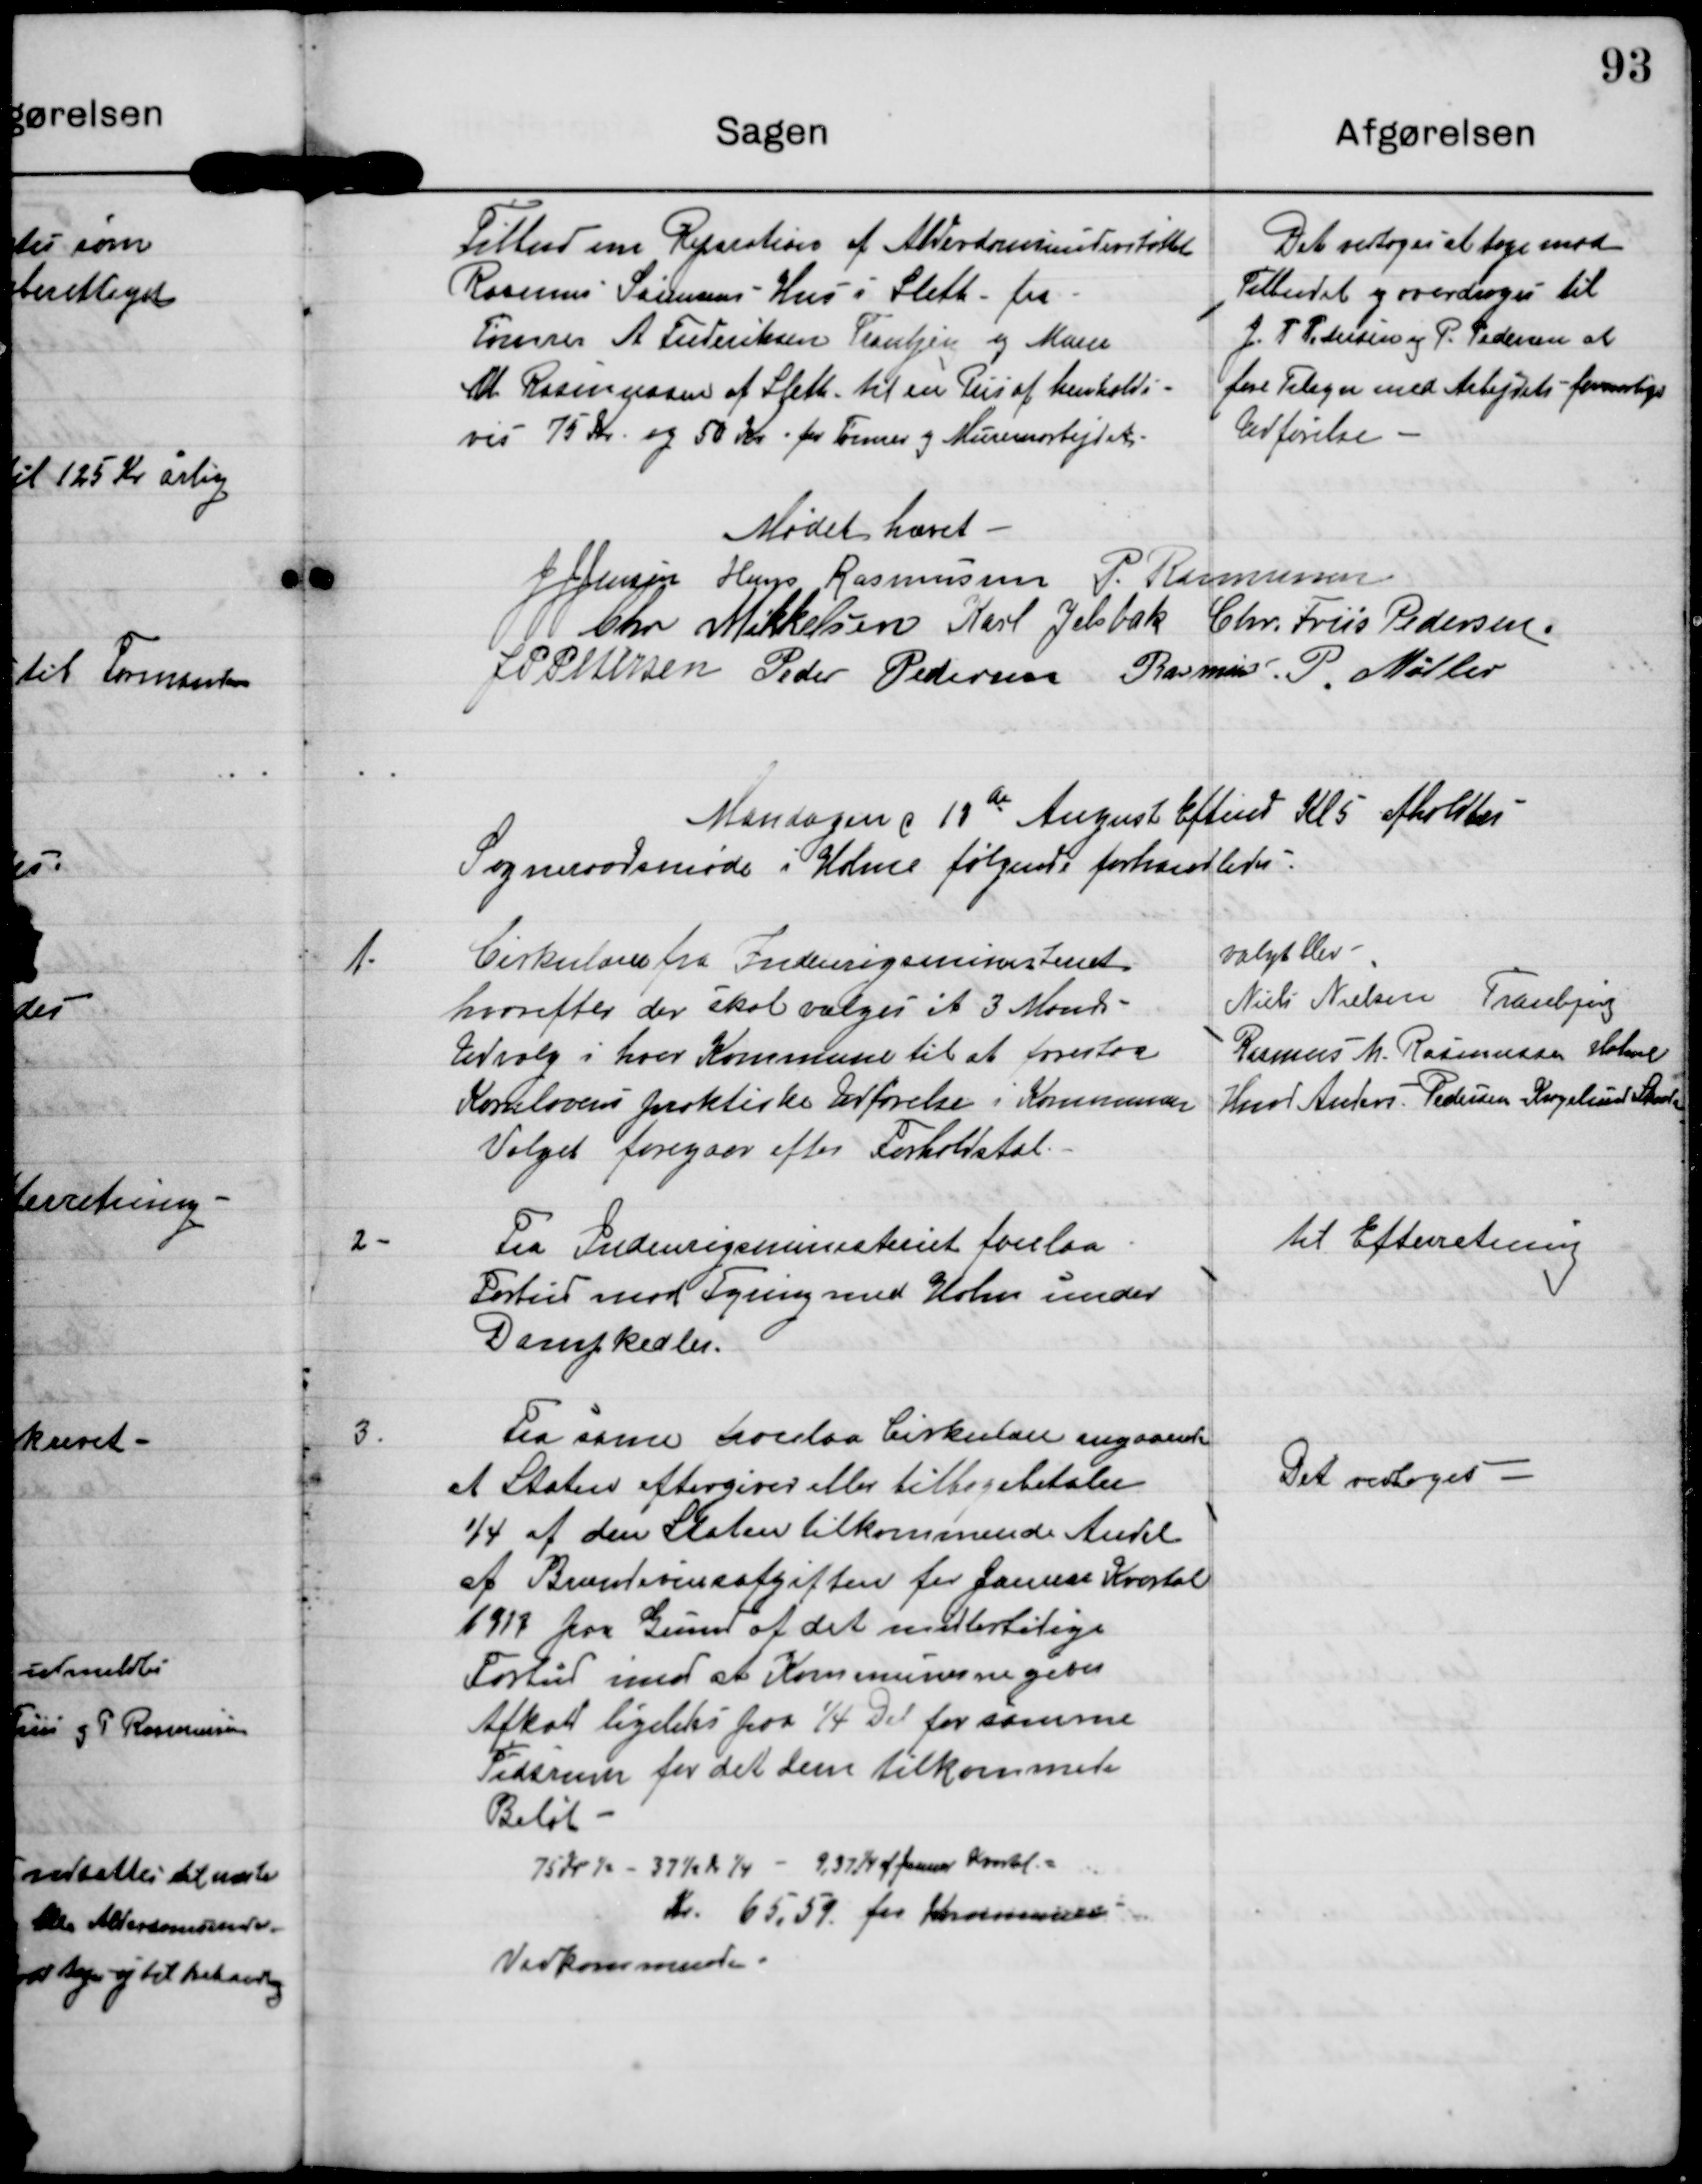
Transskription:
Tilbud om Reparation af Alderdomsunderstøttede
Rasmus Sørensens Hus i Sleth fra
Tømrer A Frederiksen Tranbjerg og Murer
M Rosengaard af Sleth til en Pris af henholds-
vis 75 kr og 50 Kr for Tømrer og Murerarbejdet.

Det vedtoges at tage mod
Tilbudet og overdroges til
J.P Pedersens og P Pedersen at
føre Tilsyn med Arbejdets formelige
Udførelse.

Mødet hævet

J J Jensen

Hans Rasmussen

P. Rasmussen

Chr Mikkelsen

Karl Jelsbak

Chr. Friis Pedersen

J P Pedersen

Peder Pedersen

Rasmus P. Møller

Mandagen d 13de August Eftermd Kl 5 afholdtes
Sogneraadsmøde i Holme følgende forhandledes

1.
Cirkulære fra Indenrigsministeriet
hvorefter der skal vælges et 3 Mands-
Udvalg i hver Kommune til at forestaa
Kornlovens praktiske Udførelse i Kommunen.
Valget foregaar efter Forholdstal.

valgt blev
Niels Nielsen Tranbjerg
Rasmus M. Rasmussen Holme
Hmd Anders Pedersen Krogelund Skaade

2.
Fra Indenrigsministeriet forelaa
Forbud mod Fyring med Kokes under
Dampkedler

til Efterretning

3.
Fra samme forelaa Cirkulære angaaende
at Staten eftergiver eller tilbagebetaler
1/4 af den Staten tilkommende Andel
af Brændevinsafgiften fro Januar Kvartal
1917 paa Grund af det midlertidige
Forbud imod at Kommunerne giver
Afkald ligeledes paa 1/4 Del for samme
Tidsrum for det dem tilkommende
Beløb.
75 Kr 1/2 - 37 1/2 Kr 1/4 - 9,37 1/4 af Januar Kvartal
Kr 65,59 for Kommunens
vedkommende.

Det vedtoges